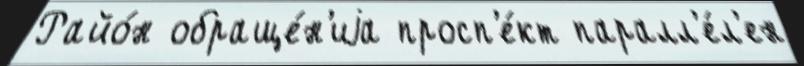
Райо́н обраще́н'иjа просп'е́кт паралл'е́л'ен